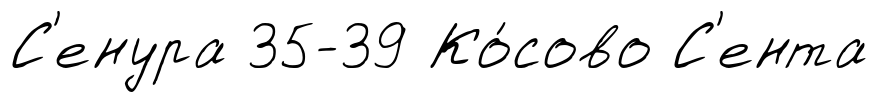
С'енура 35-39 Ко́сово С'ента